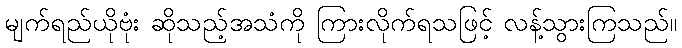
မျက်ရည်ယိုဗုံး ဆိုသည့်အသံကို ကြားလိုက်ရသဖြင့် လန့်သွားကြသည်။